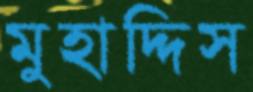
মুহাদ্দিস